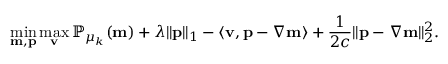
\operatorname* { m i n } _ { \mathbf { m } , \mathbf { p } } \operatorname* { m a x } _ { \mathbf { v } } \mathbb { P } _ { \mu _ { k } } ( \mathbf { m } ) + \lambda \| \mathbf { p } \| _ { 1 } - \left\langle \mathbf { v } , \mathbf { p } - \nabla \mathbf { m } \right\rangle + \frac { 1 } { 2 c } \| \mathbf { p } - \nabla \mathbf { m } \| _ { 2 } ^ { 2 } .